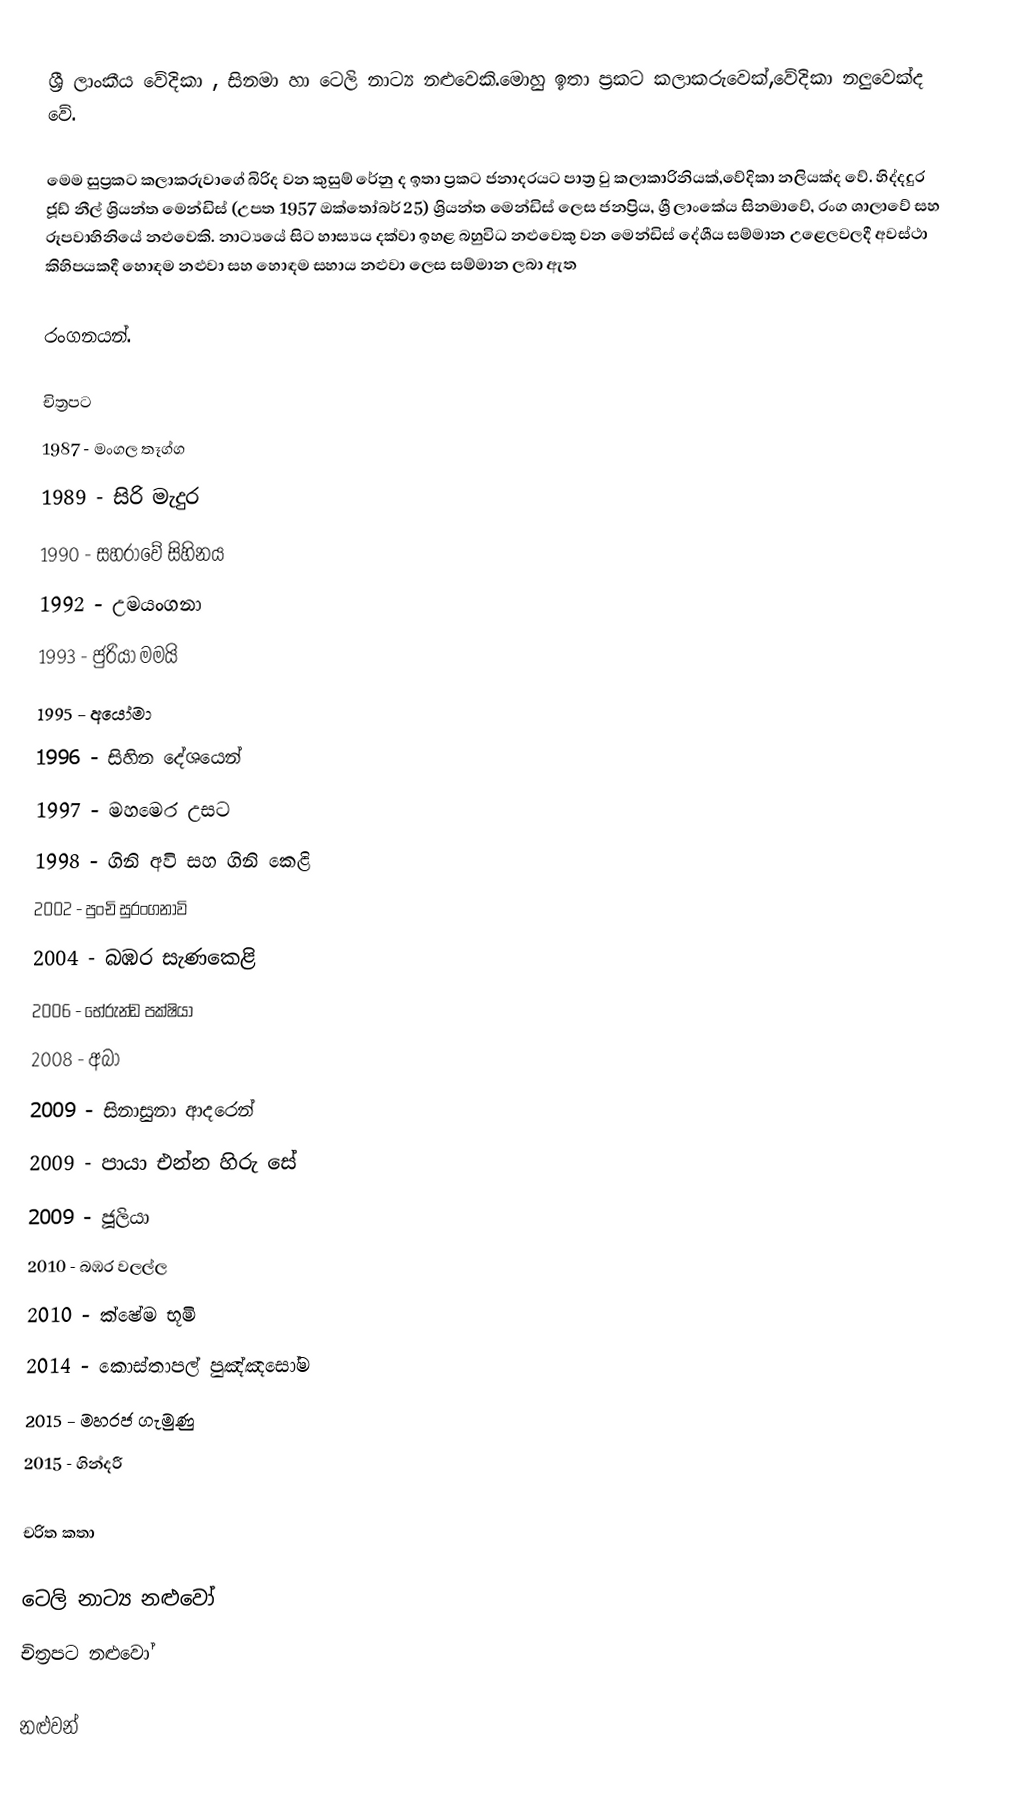
ශ්‍රී ලාංකීය වේදිකා , සිනමා හා ටෙලි නාට්‍ය නළුවෙකි.මොහු ඉතා ප්‍රකට කලාකරුවෙක්,වේදිකා නලුවෙක්ද වේ.

මෙම සුප්‍රකට කලාකරුවාගේ බිරිද වන කුසුම් රේනු ද ඉතා ප්‍රකට ජනාදරයට පාත්‍ර වු කලාකාරිනියක්,වේදිකා නලියක්ද වේ.                        හිද්දදුර ජූඩ් නීල් ශ්‍රියන්ත මෙන්ඩිස් (උපත 1957 ඔක්තෝබර් 25)   ශ්‍රියන්ත මෙන්ඩිස් ලෙස ජනප්‍රිය, ශ්‍රී ලාංකේය සිනමාවේ, රංග ශාලාවේ සහ රූපවාහිනියේ නළුවෙකි.  නාට්‍යයේ සිට හාස්‍යය දක්වා ඉහළ බහුවිධ නළුවෙකු වන මෙන්ඩිස් දේශීය සම්මාන උළෙලවලදී අවස්ථා කිහිපයකදී හොඳම නළුවා සහ හොඳම සහාය නළුවා ලෙස සම්මාන ලබා ඇත

රංගනයන්.

චිත්‍රපට
1987 - මංගල තෑග්ග
1989 - සිරි මැදුර
1990 - සහරාවේ සිහිනය
1992 - උමයංගනා
1993 - ජුරියා මමයි
1995 - අයෝමා
1996 - සිහින දේශයෙන්
1997 - මහමෙර උසට
1998 - ගිනි අවි සහ ගිනි කෙළි
2002 - පුංචි සුරංගනාවි
2004 - බඹර සැණකෙළි
2006 - භේරුන්ඩ පක්ෂියා
2008 - අබා
2009 - සිනාසුනා ආදරෙන්
2009 - පායා එන්න හිරු සේ
2009 - ජූලියා
2010 - බඹර වලල්ල
2010 - ක්ෂේම භූමි
2014 - කොස්තාපල් පුඤ්ඤසෝම
2015 - මහරජ ගැමුණු
2015 - ගින්දරී

චරිත කතා

ටෙලි නාට්‍ය නළුවෝ
චිත්‍රපට නළුවෝ

නළුවන්